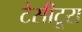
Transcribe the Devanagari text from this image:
टेसीटूरा